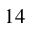
^ { 1 4 }